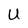
Character: U